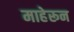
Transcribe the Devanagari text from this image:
माहेरून